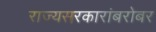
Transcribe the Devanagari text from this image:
राज्यसरकारांबरोबर